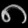
Digit: ၈